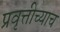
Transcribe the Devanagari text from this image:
प्रवृत्तीच्याच